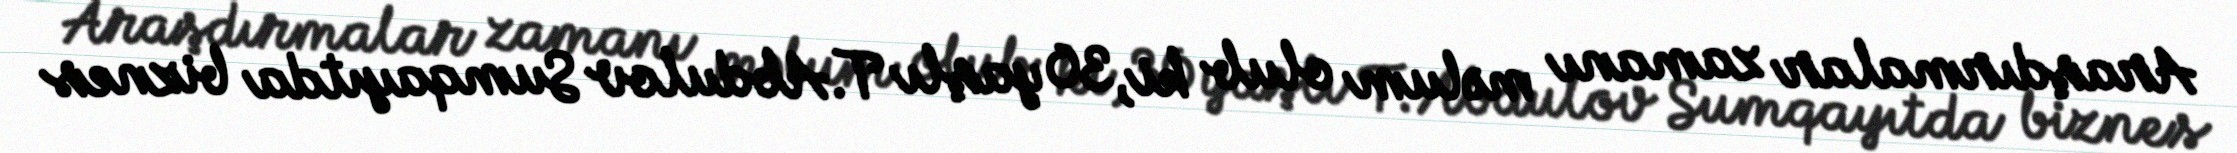
Araşdırmalar zamanı məlum olub ki, 30 yaşlı T.Abdulov Sumqayıtda biznes